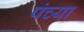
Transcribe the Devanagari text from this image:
पंच्या